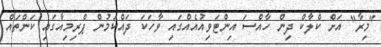
"މިރާ" އަށް ކްލާކް ދިން ހާއްސަ އިންޓަވިއުއެއްގައި ވާހަކަ ދައްކަމުން ޕްރިމިއާގައި ކަންތައް